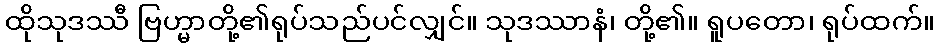
ထိုသုဒဿီ ဗြဟ္မာတို့၏ရုပ်သည်ပင်လျှင်။ သုဒဿာနံ၊ တို့၏။ ရူပတော၊ ရုပ်ထက်။